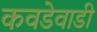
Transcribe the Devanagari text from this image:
कवडेवाडी